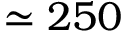
\simeq 2 5 0